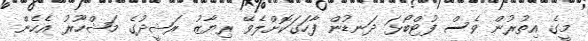
މީގެ އިތުރުން ވެސް ފުޓްބޯޅަ ދަނޑުން ފާހަގަކޮށްލެވޭ ރިޔާޒު ރަޝީދުގެ މަޝްހޫރު އެހެން